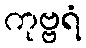
ကုဗ္ဗရံ